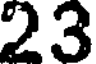
23